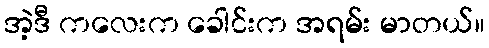
အဲ့ဒီ ကလေးက ခေါင်းက အရမ်း မာတယ်။